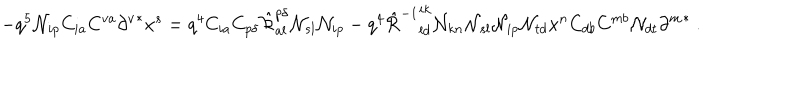
LaTeX: - q ^ { 5 } { \cal N } _ { i p } C _ { i a } C ^ { v a } \left. \partial ^ { v } \right. ^ { * } x ^ { s } = q ^ { 4 } C _ { i a } C _ { p \delta } \hat { \cal R } _ { a l } ^ { p \delta } { \cal N } _ { s l } { \cal N } _ { i p } - q ^ { 4 } \left. \hat { \cal R } ^ { - 1 } \right. _ { l d } ^ { i k } { \cal N } _ { k n } { \cal N } _ { s l } { \cal N } _ { i p } { \cal N } _ { t d } x ^ { n } C _ { d b } C ^ { m b } { \cal N } _ { d t } \left. \partial ^ { m } \right. ^ { * } ~ .